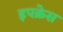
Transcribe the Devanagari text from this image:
इपक्रेस